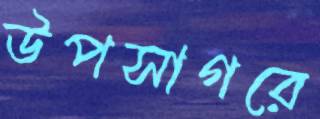
উপসাগরে